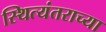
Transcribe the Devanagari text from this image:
स्थित्यंतराच्या